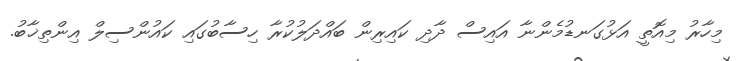
މިހާރު މިއޮތީ އަޅުގަނޑުމެންނާ އައިސް ދާދި ކައިރިން ބައްދަލުކުރާ ހިސާބުގައި ކައުންސިލް އިންތިޚާބު.